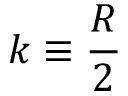
k \equiv { \frac { R } { 2 } }